Vital statistics of India. Vol. IV, Annual returns from 1871 to 1876. British Army of India, Native Army and jails of Bengal
Year: 1871
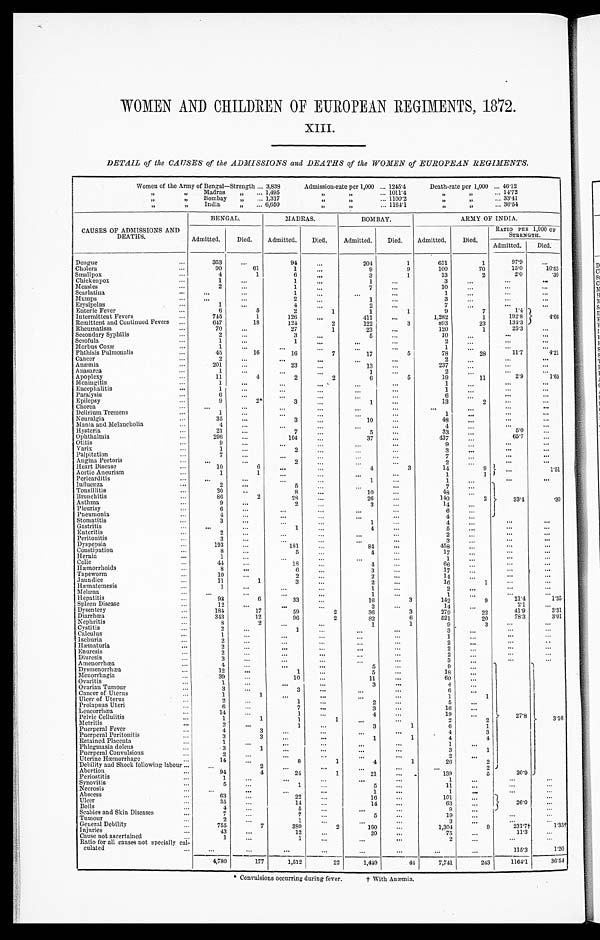
WOMEN AND CHILDREN OF EUROPEAN REGIMENTS, 1872.
XIII.
DETAIL of the CAUSES of the ADMISSIONS and DEATHS of the WOMEN of EUROPEAN REGIMENTS.
Women of the Army of Bengal—Strength ... 3,838
Admission-rate per 1,000 ... 1245.4
Death-rate per 1,000 ... 46.12
,,
, ,
M a d r a s
1,495
,, ,,
... 1011.4
I,
„
... 14.72
,,
„
Bombay
„
... 1,317
, , , , ... 1100.2
,,
,,
... 33.41
"
„
India
„
... 6,650
, , , ,
... 1164.1
,,
"
... 36.54
CAUSES OF ADMISSIONS AND
DEATHS.
BENGAL.
MADRAS.
BOMBAY.
ARMY OF INDIA.
Admitted.
Died.
Admitted.
Died.
Admitted.
Died.
Admitted.
Died.
RATIO PER 1,000 oF
STRENGTH.
Admitted.
Died.
Dengue
. . .
353
. . .
94
...
204
1
651
1
97.9
. . .
Cholera
. . .
90
61
1
. . .
9
9
100
70
15.0
10.53
Smallpox
4
1
6
...
3
1
13
2
2.0
'30
Chickenpox
. . .
1
. . .
1
...
1
. . .
3
...
. . .
. . .
Measles
...
2
...
1
. . .
7
. . .
10
...
. . .
. . .
Scarlatina
...
...
1
. . .
. . .
...
1
. . .
. . .
...
Mumps
. . .
...
...
2
...
1
...
3
. . .
. . .
. . .
Erysipelas
...
1
. . .
4
. . .
2
...
7
...
. . .
...
Enteric Fever
...
6
5
2
1
1
1
9
7
1.4
4 . 6 6
Intermittent Fevers
745
1
126
...
411
...
1,282
1
192.8
Remittent and Continued Fevers
...
647
18
124
2
122
3
893
23
134.3
Rheumatism
...
70
...
27
1
23
...
120
1
25.3
...
Secondary Syphilis
...
2
...
3
. . .
5 ...
10
. . .
. . .
. . .
Scrofula
...
1
...
1
. . .
. . .
...
2
. . .
. . .
. . .
Morbus Coxæ
...
1
...
. . .
. . .
. . .
. . .
1
. . .
. . .
. . .
Phthisis Pulmonalis
...
45
16
16
7
17
5
78
28
11.7
4.21
Cancer
. . .
2
...
...
. . .
. . .
. . .
2
. . .
. . .
. . .
Anæmia
...
201
. . .
23
. . .
13
. . .
237
. . .
. . .
...
Anasarca
...
1
...
...
. . .
1
...
2
. . .
. . .
. . .
Apoplexy
...
11
4
2
2
6
5
19
11
2.9
1.65
Meningitis
1
. . .
. . .
. . .
. . .
...
1
. . .
...
...
Encephalitis...
1
...
. . .
. . .
. . .
...
1
. . .
...
...
Paralysis
6
...
. . .
...
. . .
...
6
. . .
. . .
. . .
Epilepsy
9
2*
3
...
1
...
13
2
. . .
. . .
Chorea
...
...
...
...
. . .
. . .
...
...
. . .
. . .
. . .
Delirium Tremens
...
1
...
. . .
. . .
. . .
...
1
. . .
. . .
. . .
Neuralgia
35
. . .
3
. . .
10
. . .
48
. . .
. . .
...
Mania and Melancholia
. . .
4
. . .
...
. . .
. . .
...
4
...
. . .
...
Hysteria
21
...
7
. . .
5
...
33
. . .
5.0
...
Ophthalmia
...
296
...
104
. . .
37
...
437
65.7
. . .
Otitis
...
9
...
. . .
. . .
...
...
9
. . .
. . .
...
Varix
...
1
. . .
2
...
...
...
3
. . .
. . .
. . .
Palpitation
...
7
...
...
...
7
—
Angina Pectoris
...
. . .
. . .
2
. . .
...
...
2
...
. . .
...
Heart Disease
. . .
10
6
...
...
4
3
14
9
. . .
1.51
Aortic Aneurism
...
1
1
. . .
...
...
. . .
1
1
Pericarditis
...
. . .
. . .
...
...
1
. . .
1
. . .
. . .
. . .
Influenza
. . .
2
...
5
. . .
. . .
. . .
7
...
}
33.4
I
J
. 3 0
Tonsillitis
30
. . .
8
...
10
...
48
...
Bronchitis
...
86
2
28
...
26
. . .
140
2
Asthma
...
9
. . .
2
. . .
3
...
14
...
Pleurisy
...
6
. . .
...
...
. . .
. . .
6
Pneumonia
. . .
4
. . .
. . .
. . .
...
...
4
...
Stomatitis
...
3
. . .
. . .
. . . .
1
-••
4
...
. . .
. . .
Gastritis
. . .
. . .
1
. . .
4
...
5
. . .
. . .
. . .
Enteritis
2
...
...
...
...
. . .
2
...
. . .
. . .
Peritonitis
...
3
. . .
. . .
. . .
. . .
...
3
. . .
...
...
Dyspepsia
...
193
...
181
...
84
. . .
4 5 8
...
. . .
...
Constipation
...
8
. . .
5
...
4
...
17
...
. . .
. . .
Hernia
...
1
...
...
...
. . .
. . .
1
. . .
. . .
...
Colic
44
18
...
4
...
66
...
. . .
. . .
Hæmorrhoids...
8
. . .
6
...
3
...
17
. . .
. . .
. . .
Tapeworm
...
10
. . .
2
. . .
2
. . .
14
...
. . .
. . .
Jaundice
...
11
1
3
. . .
2
...
16
1
. . .
...
Hæmatemesis
1
. . .
...
. . .
1
...
2
. . .
. . .
. . .
Melæna
. . .
. . .
...
...
1
. . .
1
. . .
. . .
...
Hepatitis
...
93
6
33
...
16
3
142
9
2 1 . 4
1.35
Spleen Disease
12
..
...
. . .
2
. . .
14
. . .
2. 1
. . .
Dysentery
...
184
17
59
2
36
3
279
22
41.9
3.31
Diarrhœa
...
343
12
96
2
82
6
521
20
78.3
3.01
Nephritis
...
8
2
. . .
. . .
1
1
9
3
. . .
. . .
Cystitis
. . .
2
...
1
...
. . .
. . .
3
. . .
...
...
I Calculus
...
1
...
. . .
. . .
...
...
1
...
. . .
. . .
Ischuria
2
. . .
. . .
. . .
. . .
. . .
2
. . .
. . .
. . .
Hæmaturia
...
2
...
. . .
. . .
. . .
. . .
2
...
. . .
...
Enuresis
2
...
...
...
...
. . .
2
. . .
. . .
...
Diuresis
3
. . .
. . .
. . .
...
...
3
...
. . .
...
Amenorrhœa...
4
. . .
...
. . .
5
. . .
9
. . .
. . .
. . .
Dysmenorrhœa
...
12
...
1
. . .
5
...
18
}
27.8
)
3.16
Menorrhagia
39
. . .
10
...
11
. . .
60
...
Ovaritis
1
. .
. . .
. . .
3
...
4
. . .
...
Ovarian Tumour
3
. . .
3
. . .
. . .
. . .
6
. . .
Cancer of Uterus
1
1
. . .
. . .
. . .
...
1
1
Ulcer of Uterus
...
2
. . .
1
. . .
2
. . .
5
...
Prolapsus Uteri
...
6
...
7
. . .
3
. . .
16
...
Leueorrhœa
...
14
1
. . .
4
...
1 9
. . .
Pelvic Cellulitis
. . .
1
1
1
1
...
...
2
2
Metritis
2
. . .
1
. . .
3
1
6
1
...
Puerperal Fever
4
3
. . .
. . .
...
...
4
3
Puerperal Peritonitis
• •
3
3
1
1
4
4
Retained Placenta
...
1
. . .
. . .
...
. . .
. . .
1
Phlegmasia dolens
...
3
1
. . .
. . .
...
...
3
1
Puerperal Convulsions
2
. . .
. . .
. . .
...
...
2
...
Uterine Hæmorrhage...
14
. . .
8
1
4
1
2 6
2
Debility and Shock following labour ...
...
2
. . .
. . .
...
...
. . .
2
Abortion
...
94
4
24
1
2 1
. . .
1 3 9
5
20.9
Periostitis
1
. . .
. . .
. . .
. . .
. . .
1
...
. . .
...
Synovitis
...
5
...
1
...
5
...
11
. . .
. . .
. . .
Necrosis
. . .
. . .
...
. . .
. . .
1
...
1
. . .
. . .
. . .
Abscess
...
63
. . .
22
. . .
16
. . .
101
. . .
—
26.0
)
. . .
. . .
Ulcer
...
35
. . .
14
. . .
1 4
...
63
. . .
. . .
Boils
4
. . .
5
. . .
...
...
9
...
. . .
Scabies and Skin Diseases
...
7
...
7
...
5
...
19
. . .
...
. . .
Tumour
2
. . .
1
...
. . .
...
3
. . .
. . .
. . .
General Debility
...
755
7
3 8 9
2
160
...
1 , 3 0 4
9
231.7†
1.35†
Injuries
...
43
...
12
20
. . .
75
11.3
. . .
Cause not ascertained
...
1
. . .
1
...
. . .
...
2
...
. . .
. . .
Ratio for all causes not specially cal-
culated. .
. . .
. . .
. . .
. . .
. . .
. . .
. . .
. . .
115.3
1 . 2 0
4,780
177
1,512
22
1,449
44
7,741
243
1164.1
36.54
* Convulsions occurring during fever.
† With Anæmia.